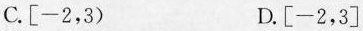
C. [-2，3) D. [-2，3]